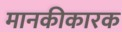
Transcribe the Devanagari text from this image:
मानकीकारक